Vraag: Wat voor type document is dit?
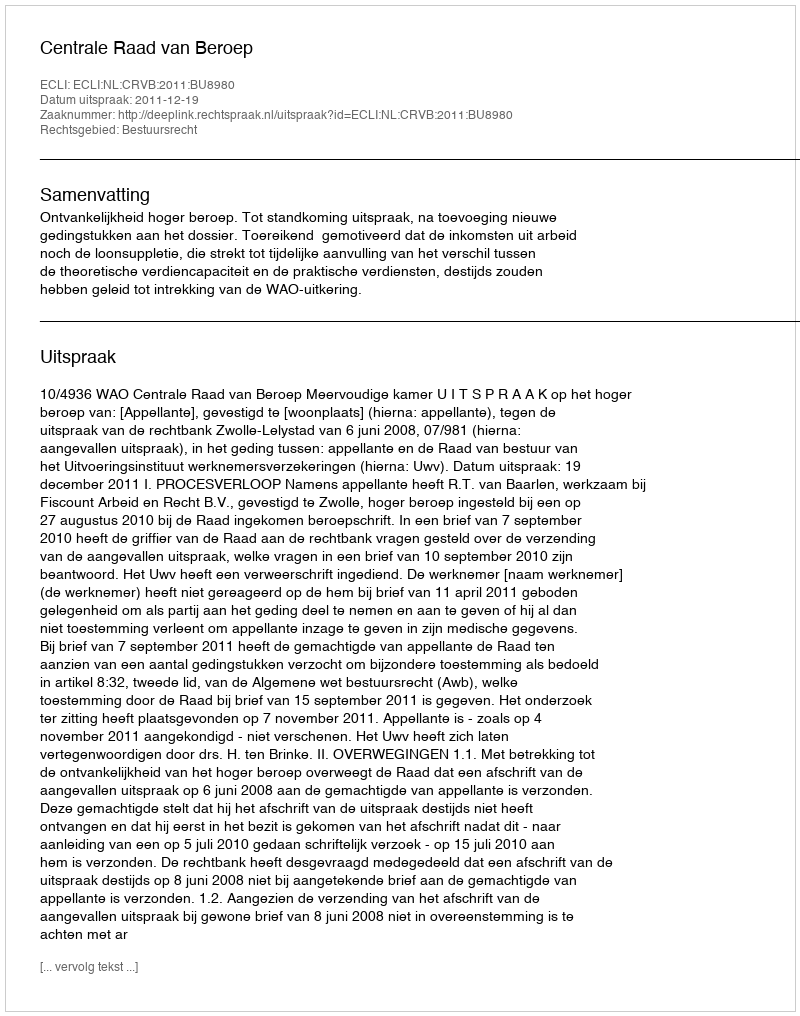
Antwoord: Uitspraak